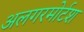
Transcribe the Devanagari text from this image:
अलगरमोर्टश